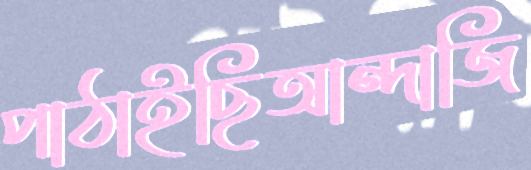
পাঠাইছিআন্দাজি